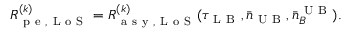
R _ { \mathrm { ~ p ~ e ~ , ~ L ~ o ~ S ~ } } ^ { ( k ) } = R _ { \mathrm { ~ a ~ s ~ y ~ , ~ L ~ o ~ S ~ } } ^ { ( k ) } ( \tau _ { \mathrm { ~ L ~ B ~ } } , \bar { n } _ { \mathrm { ~ U ~ B ~ } } , \bar { n } _ { B } ^ { \mathrm { ~ U ~ B ~ } } ) .